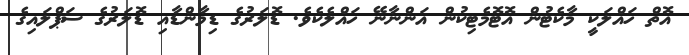
އޮތް ހައްލަކީ މާކެޓުން އޮޓޮމެޓިކުން އަންނާނޭ ހައްލެކެވެ. ޑޮލަރުގެ ޑިމާންޑާއި ޑޮލަރުގެ ސަޕްލައިގެ